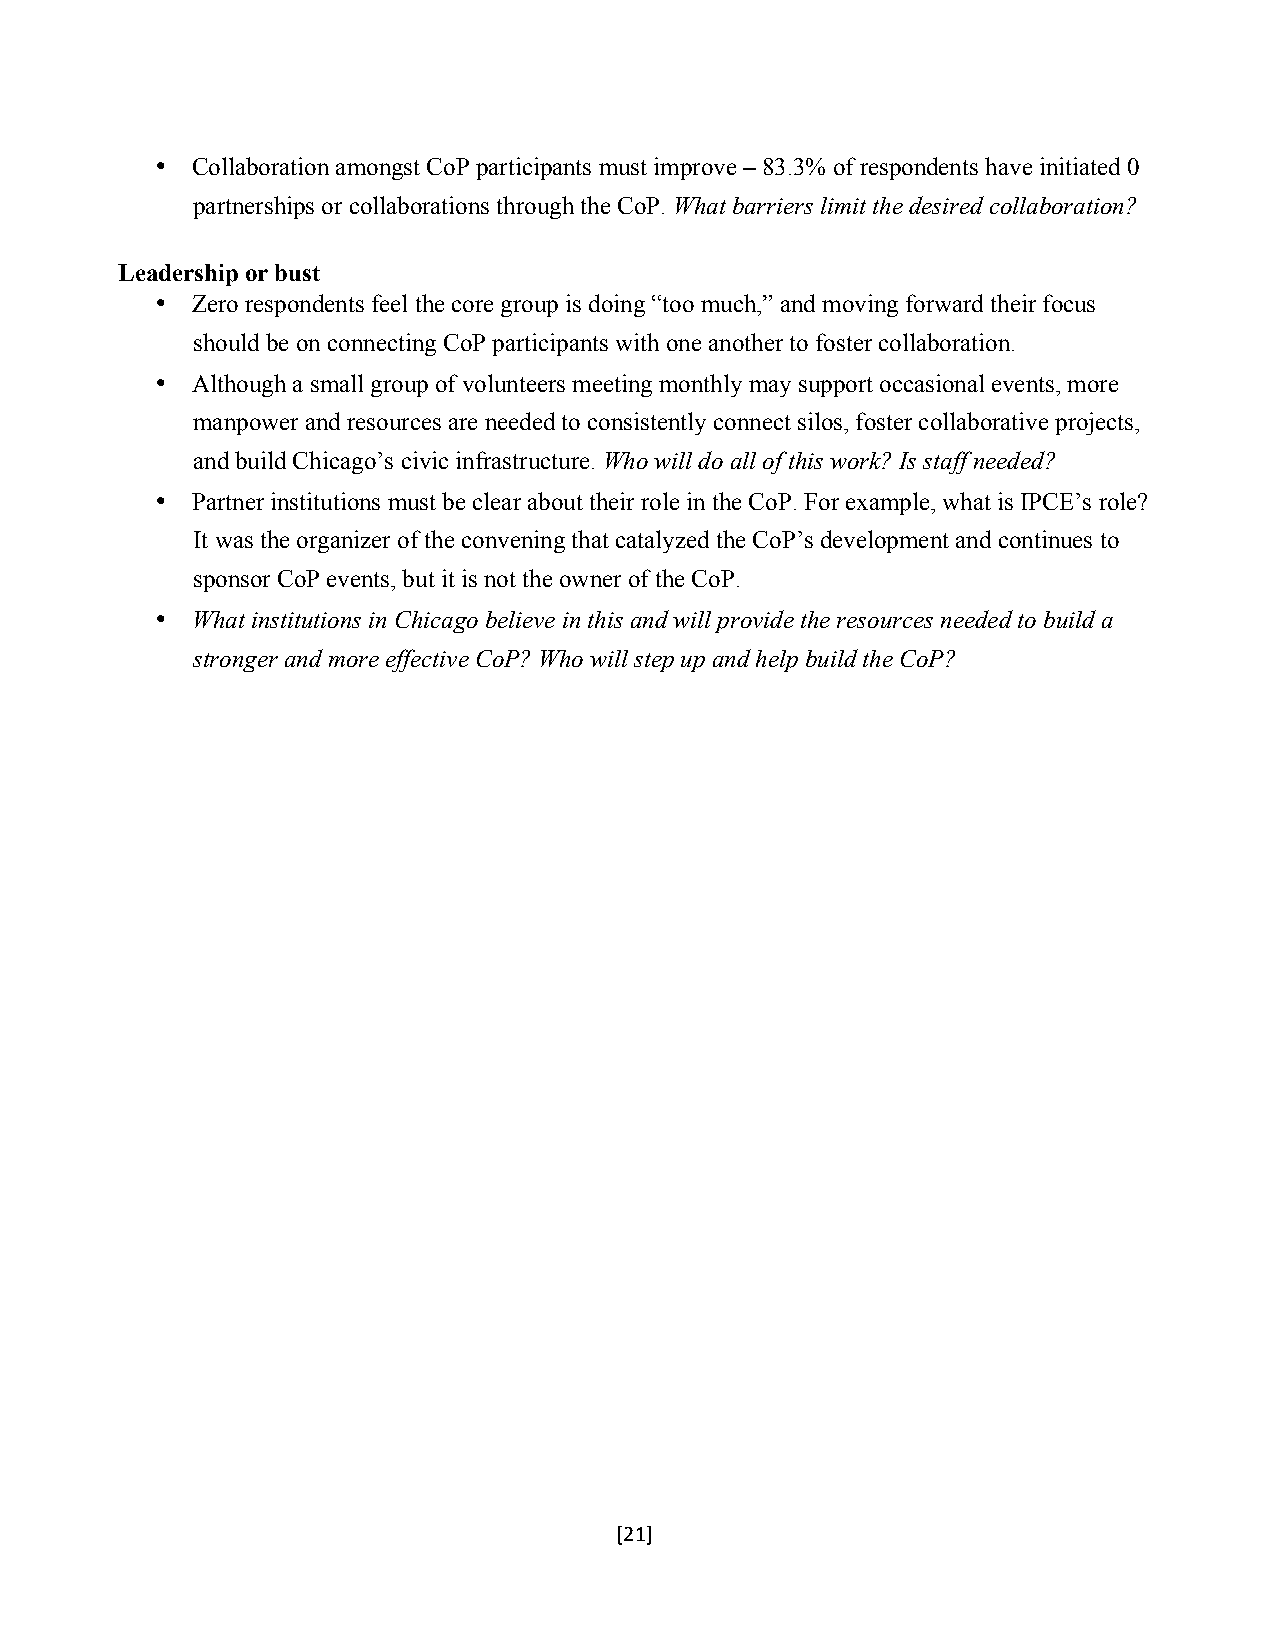
•  Collaboration amongst CoP participants must improve – 83.3% of respondents have initiated 0
 partnerships or collaborations through the CoP. What barriers limit the desired collaboration?
 Leadership or bust
 •  Zero respondents feel the core group is doing “too much,” and moving forward their focus
 should be on connecting CoP participants with one another to foster collaboration.
 •  Although a small group of volunteers meeting monthly may support occasional events, more
 manpower and resources are needed to consistently connect silos, foster collaborative projects,
 and build Chicago’s civic infrastructure. Who will do all of this work? Is staff needed?
 •  Partner institutions must be clear about their role in the CoP. For example, what is IPCE’s role?
 It was the organizer of the convening that catalyzed the CoP’s development and continues to
 sponsor CoP events, but it is not the owner of the CoP.
 •  What institutions in Chicago believe in this and will provide the resources needed to build a
 stronger and more effective CoP? Who will step up and help build the CoP?
 [21]$